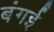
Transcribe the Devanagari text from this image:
बंगई